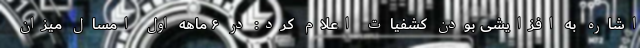
اشاره به افزایشی بودن کشفیات اعلام کرد: در ۶ ماهه اول امسال میزان